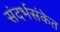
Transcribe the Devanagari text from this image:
संदर्भसंकेत